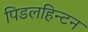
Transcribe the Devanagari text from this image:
पिडलहिन्टन